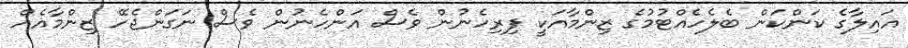
އައިލާގެ ކަންކަން ބެލެހެއްޓުމުގެ ޒިންމާއަކީ ފިރިހެނުން ވެސް އަންހެނުން ވެސް ނަގަންޖެހޭ ޒިންމާއެއް